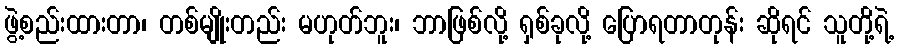
ဖွဲ့စည်းထားတာ၊ တစ်မျိုးတည်း မဟုတ်ဘူး၊ ဘာဖြစ်လို့ ရှစ်ခုလို့ ပြောရတာတုန်း ဆိုရင် သူတို့ရဲ့